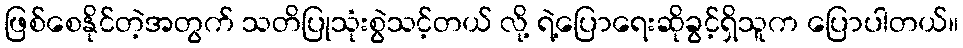
ဖြစ်စေနိုင်တဲ့အတွက် သတိပြုသုံးစွဲသင့်တယ် လို့ ရဲ့ပြောရေးဆိုခွင့်ရှိသူက ပြောပါတယ်။